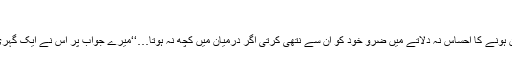
‘‘
’’ہاں ضرور ہوتا اگر وہ میری ذات کی نفی نہ کرتے مجھے اپنے اعلیٰ خون ہونے کا احساس نہ دلاتے میں ضرو خود کو ان سے نتھی کرتی اگر درمیان میں کچھ نہ ہوتا…‘‘میرے جواب پر اس نے ایک گہری سانس لی تھی اور ساتھ ہی مجھے یوں دیکھا جیسے میرا دماغ لاعلاج ہو۔